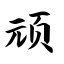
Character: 顽